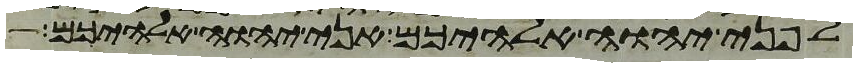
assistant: לפני יהוה אלהיכם אני יהוה אלהיכם